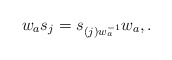
\begin{align*} w_a s_j = s_{(j)w_a^{-1}} w_a, .\end{align*}